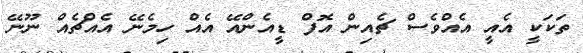
ތަކަކީ އެއީ އެއްވެސް ޗެއިން އޮފް ޑީއެންއޭ އެއް ހިމެނޭ އެއްޗެއް ނޫނޭ